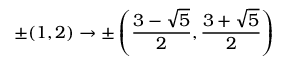
\pm ( 1 , 2 ) \rightarrow \pm \left( \frac { 3 - \sqrt { 5 } } { 2 } , \frac { 3 + \sqrt { 5 } } { 2 } \right)